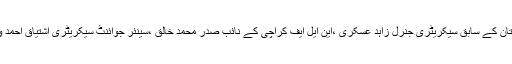
جبکہ اس مو قع پر این ایل ایف پاکستان کے سابق سیکریٹری جنرل زاہد عسکری ،این ایل ایف کراچی کے نائب صدر محمد خالق ،سینئر جوائنٹ سیکریٹری اشتیاق احمد و دیگر ذمہ داران بھی موجود تھے ۔